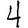
Digit: 4